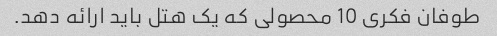
طوفان فکری 10 محصولی که یک هتل باید ارائه دهد.